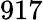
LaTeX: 917